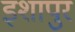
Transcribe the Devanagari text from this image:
इशापुर